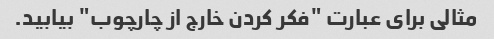
مثالی برای عبارت "فکر کردن خارج از چارچوب" بیابید.